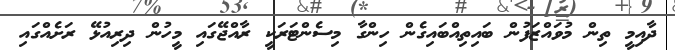
ދާއިމީ ތިން މުވައްޒަފުން ބައިތިއްބައިގެން ހިންގާ މިސެންޓަރަކީ ރާއްޖޭގައި މީހުން ދިރިއުޅޭ ރަށެއްގައި